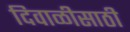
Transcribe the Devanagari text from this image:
दिवाळीसाठी